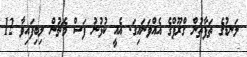
ލަނޑުގެ ތަފާތުން ގްރޫޕްގެ އެއްވަނައިގަ. އެއީ ކުޅުނު ފަސް މެޗުން ލިބިފައިވާ 12